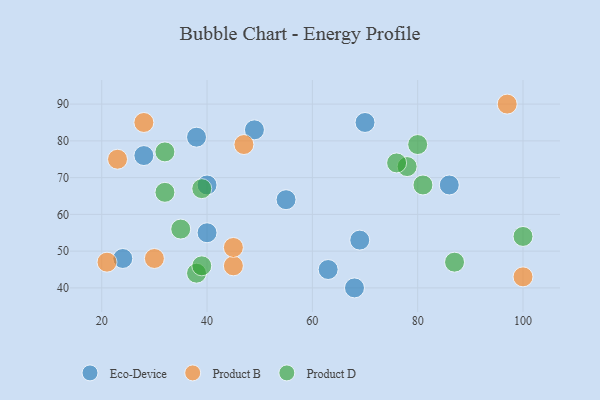
{"axis": {"x": "GDP", "y": "Life Expectancy"}, "legend": ["Eco-Device", "Product B", "Product D"], "data": [{"x": "55", "y": 64, "type": "Eco-Device"}, {"x": "24", "y": 48, "type": "Eco-Device"}, {"x": "68", "y": 40, "type": "Eco-Device"}, {"x": "28", "y": 76, "type": "Eco-Device"}, {"x": "63", "y": 45, "type": "Eco-Device"}, {"x": "40", "y": 68, "type": "Eco-Device"}, {"x": "40", "y": 55, "type": "Eco-Device"}, {"x": "70", "y": 85, "type": "Eco-Device"}, {"x": "86", "y": 68, "type": "Eco-Device"}, {"x": "49", "y": 83, "type": "Eco-Device"}, {"x": "38", "y": 81, "type": "Eco-Device"}, {"x": "69", "y": 53, "type": "Eco-Device"}, {"x": "30", "y": 48, "type": "Product B"}, {"x": "28", "y": 85, "type": "Product B"}, {"x": "97", "y": 90, "type": "Product B"}, {"x": "45", "y": 46, "type": "Product B"}, {"x": "21", "y": 47, "type": "Product B"}, {"x": "100", "y": 43, "type": "Product B"}, {"x": "45", "y": 51, "type": "Product B"}, {"x": "47", "y": 79, "type": "Product B"}, {"x": "23", "y": 75, "type": "Product B"}, {"x": "38", "y": 44, "type": "Product D"}, {"x": "78", "y": 73, "type": "Product D"}, {"x": "35", "y": 56, "type": "Product D"}, {"x": "87", "y": 47, "type": "Product D"}, {"x": "100", "y": 54, "type": "Product D"}, {"x": "39", "y": 67, "type": "Product D"}, {"x": "32", "y": 77, "type": "Product D"}, {"x": "80", "y": 79, "type": "Product D"}, {"x": "32", "y": 66, "type": "Product D"}, {"x": "39", "y": 46, "type": "Product D"}, {"x": "81", "y": 68, "type": "Product D"}, {"x": "76", "y": 74, "type": "Product D"}]}